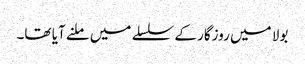
بولا میں روزگار کے سلسلے میں ملنے آیا تھا۔